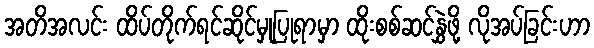
အတိအလင်း ထိပ်တိုက်ရင်ဆိုင်မှုပြုရာမှာ ထိုးစစ်ဆင်နွှဲဖို့ လိုအပ်ခြင်းဟာ